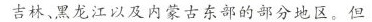
吉林、黑龙江以及内蒙古东部的部分地区。但